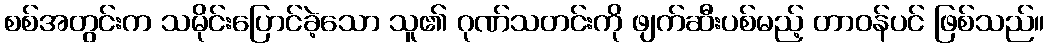
စစ်အတွင်းက သမိုင်းပြောင်ခဲ့သော သူ၏ ဂုဏ်သတင်းကို ဖျက်ဆီးပစ်မည့် တာဝန်ပင် ဖြစ်သည်။